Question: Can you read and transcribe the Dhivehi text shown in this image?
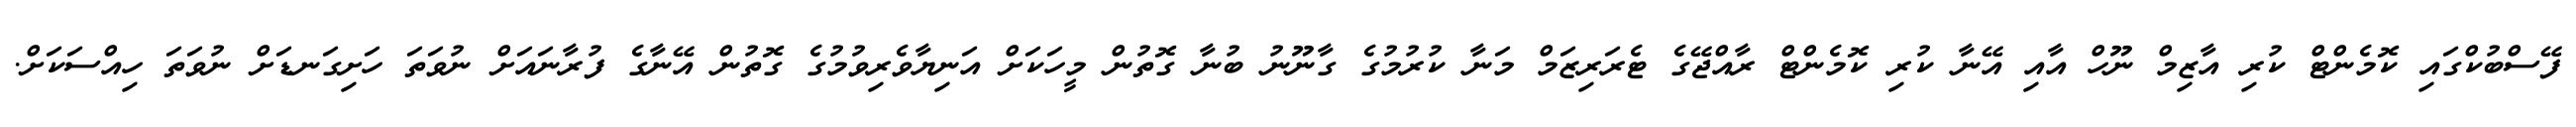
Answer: ފޭސްބުކްގައި ކޮމެންޓް ކުރި އާޒިމް ނޫހް އާއި އޭނާ ކުރި ކޮމެންޓް ރާއްޖޭގެ ޓެރަރިޒަމް މަނާ ކުރުމުގެ ގާނޫނު ބުނާ ގޮތުން މީހަކަށް އަނިޔާވެރިވުމުގެ ގޮތުން އޭނާގެ ފުރާނައަށް ނުވަތަ ހަށިގަނޑަށް ނުވަތަ ހިއްސަކަށް.